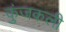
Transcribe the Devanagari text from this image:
कुंजकली